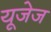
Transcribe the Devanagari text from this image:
यूजेज